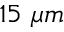
1 5 \ \mu m